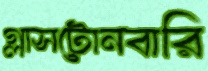
গ্লাসটোনবারি